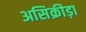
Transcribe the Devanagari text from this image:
असिक्रीड़ा